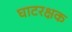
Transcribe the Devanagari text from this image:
घाटरक्षक